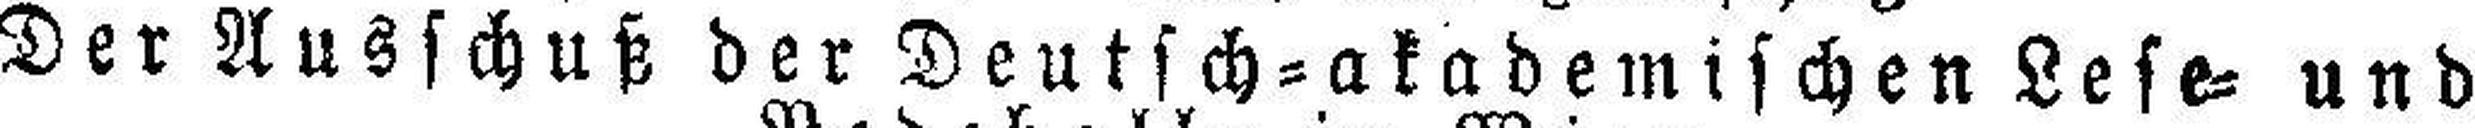
Der Ausschuß der Deutsch=akademischen Lese= und